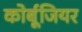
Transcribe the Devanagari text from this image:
कोर्बूजियर